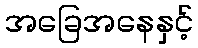
အခြေအနေနှင့်